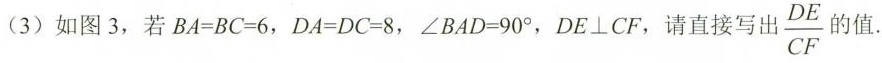
(3)如图3，若$$B A = B C = 6$$，$$D A = D C = 8$$，$$∠ B A D = 9 0 °$$，DE\bot CF，请直接写出\frac {DE}{CF}旳值.